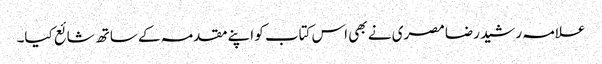
علامہ رشید رضا مصری نے بھی اس کتاب کو اپنے مقدمہ کے ساتھ شائع کیا۔